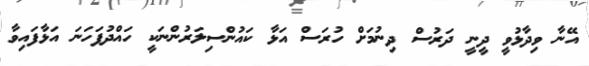
އޭނާ ވިދާޅުވީ ދީނީ ދަރުސް ދިނުމަށް ހުރަސް އަޅާ ކައުންސިލަރުންނަކީ ހައްދުފަހަނަ އަޅާފައިވާ